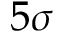
5 \sigma